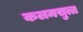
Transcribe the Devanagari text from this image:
कलमसुत्त